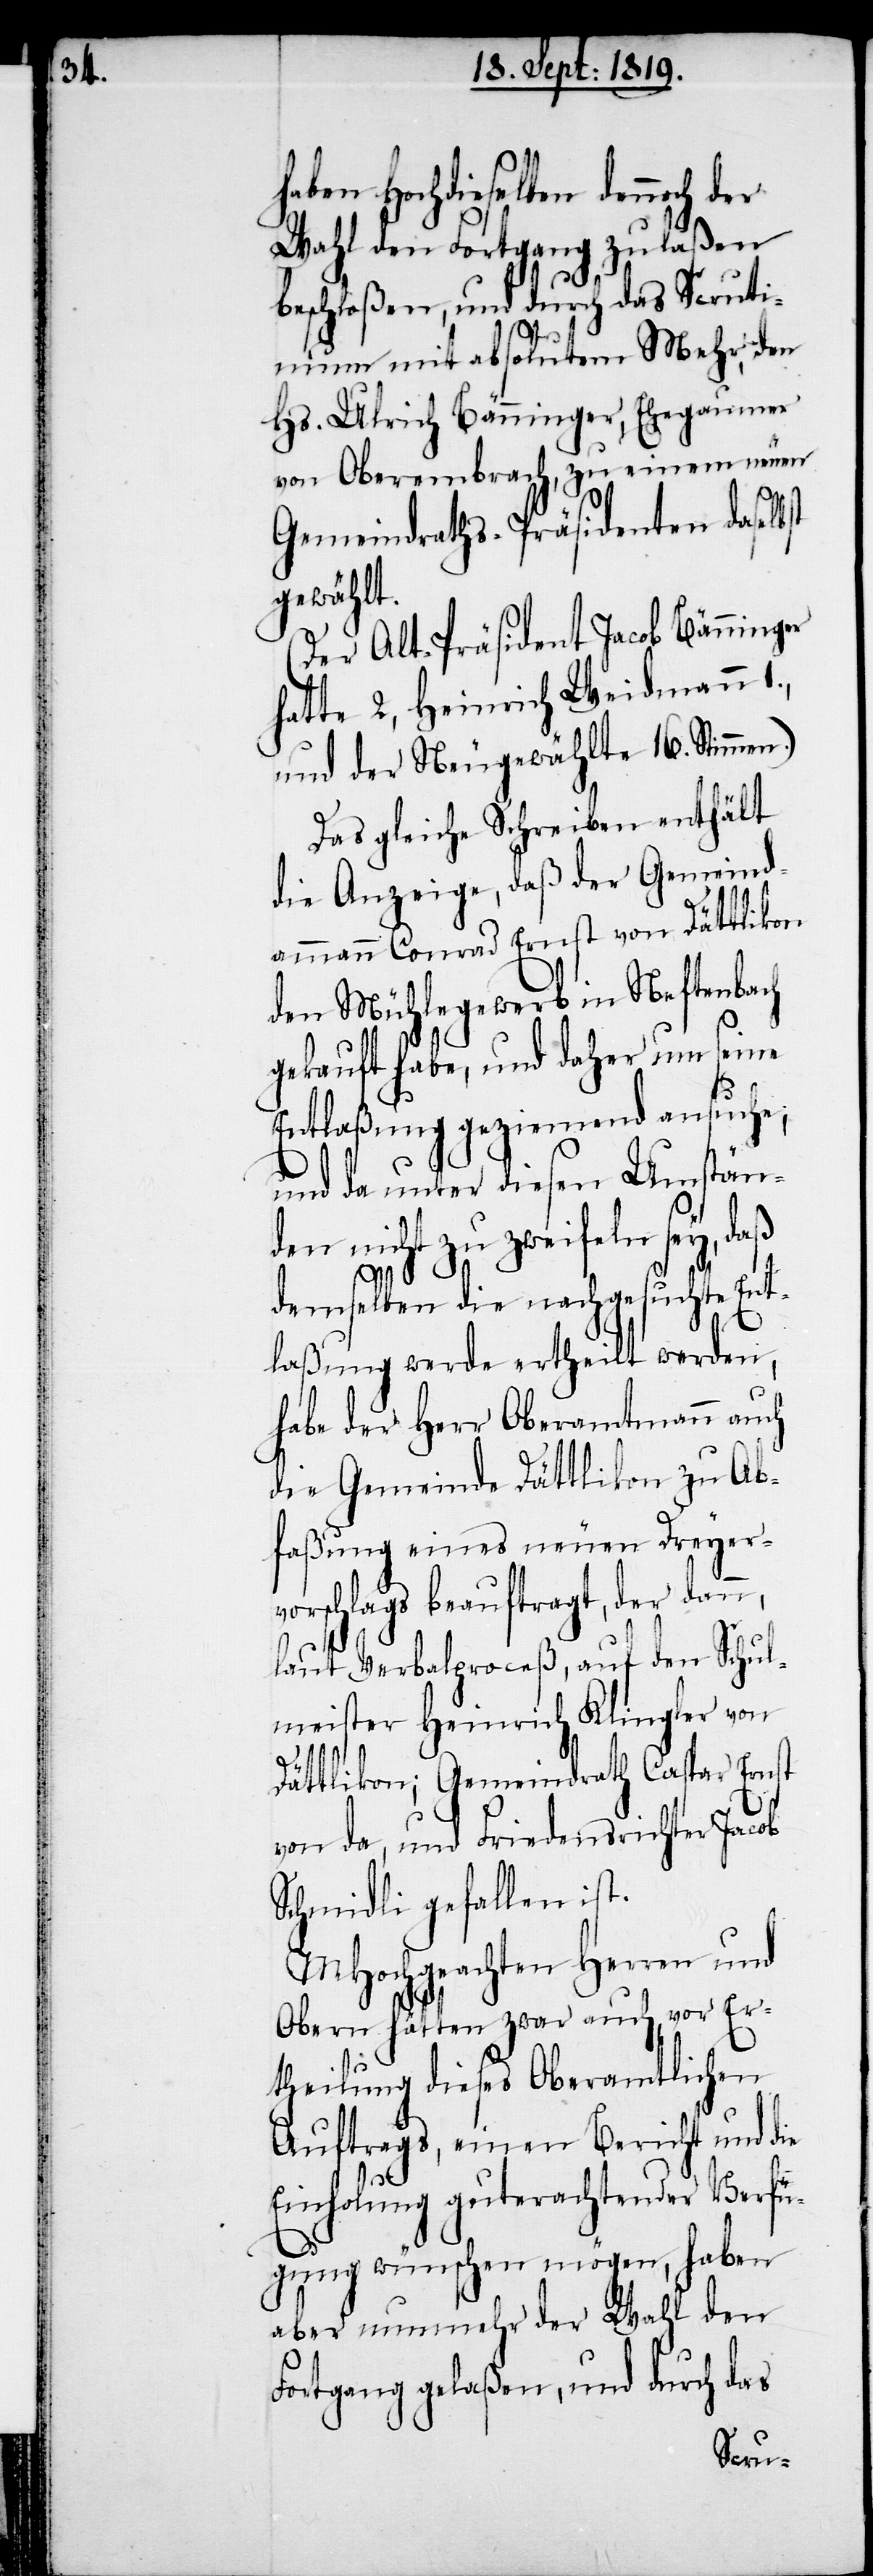
haben Hochdieselben dennoch der
Wahl den Fortgang zu laßen
beschloßen, und durch das Scruti¬
num mit absolutem Mehr, den
Hs. Ulrich Bänninger, Ehegaumer
von Oberembrach, zu einem neuen
Gemeindraths-Präsidenten daselbst
gewählt.
(Der Alt-Präsident Jacob Bännigner
hatte 2, Heinrich Weidmann
und der Neugewählte 16. Stimmen.)
Das gleiche Schreiben enthält
die Anzeige, daß der Gemeind¬
ammann Conrad Ernst von Dättlikon
den Mühlegewerb in Neftenbach
gekauft habe, und daher um seine
Entlaßung geziemend ansuche;
und da unter diesen Umstän¬
den nicht zu zweifeln sey, daß
1.,
demselben die nachgesuchte Ent¬
laßung werde ertheilt werden,
habe der Herr Oberamtmann auch
die Gemeinde Dättlikon zu Ab¬
faßung eines neuen Dreyer¬
vorschlags beauftragt, der dann,
laut Verbalproceß, auf den Schul¬
meister Heinrich Klingler von
Dättlikon; Gemeindrath Capar Ernst
von da, und Friedensrichter Jacob
Schmidli gefallen ist.
MHochgeachten Herren und
Obern hätten zwar auch vor Er¬
theilung dieses Oberamtlichen
Auftrags, einen Bericht und die
Einholung guterachtender Verfü¬
gung wünschen mögen, haben
aber nunmehr der Wahl den
Fortgang gelaßen, und durch das